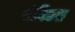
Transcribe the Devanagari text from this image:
सेविटल